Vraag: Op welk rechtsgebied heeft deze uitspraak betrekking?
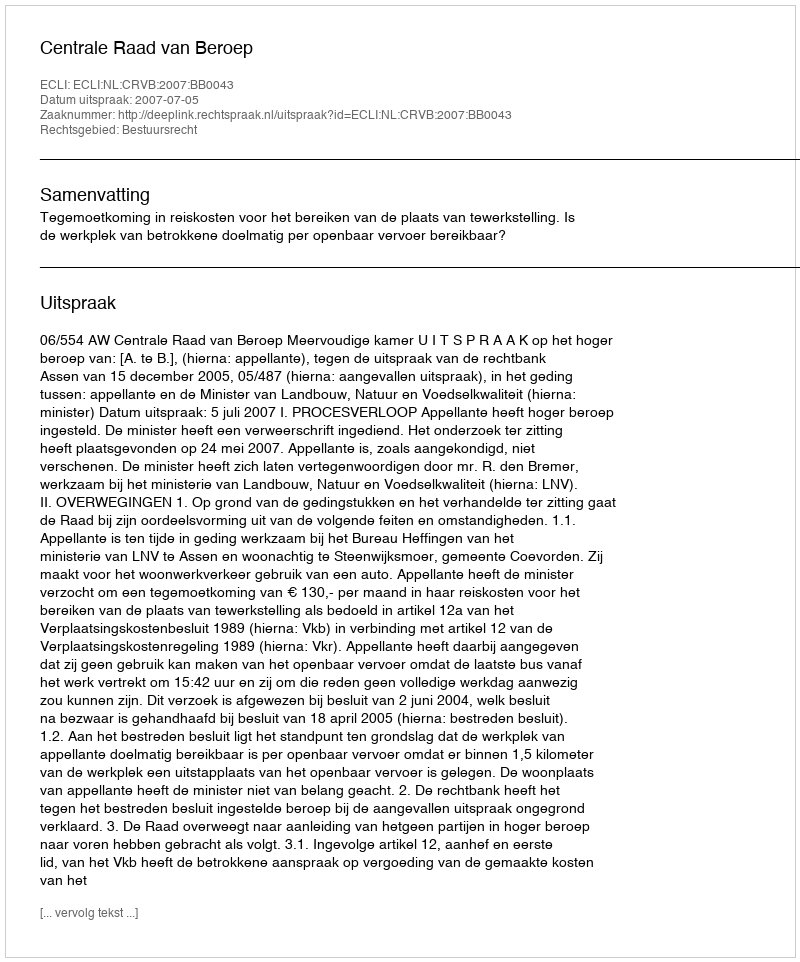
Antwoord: Bestuursrecht